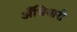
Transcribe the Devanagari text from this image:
अँधियारी